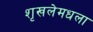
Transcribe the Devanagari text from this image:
शृखलेमधला